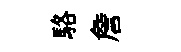
駱詹